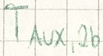
Text: TAUX,2b